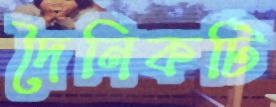
দৈনিকটি